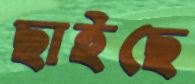
ছাইছে